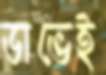
ডাভেই